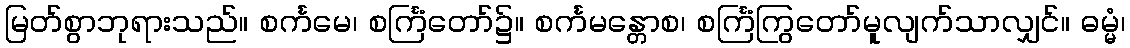
မြတ်စွာဘုရားသည်။ စင်္ကမေ၊ စင်္ကြံတော်၌။ စင်္ကမန္တောစ၊ စင်္ကြံကြွတော်မူလျက်သာလျှင်။ ဓမ္မံ၊